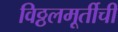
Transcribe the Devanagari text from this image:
विठ्ठलमूर्तीची